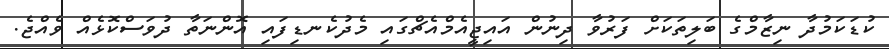
ކުޑަކަމުދާ ނިޒާމްގެ ބަލިތަކަށް ފަރުވާ ދިނުން އައިޖީއެމްއެޗްގައި މެދުކެނޑިފައި އޮންނަތާ ދުވަސްކޮޅެއް ވެއްޖެ.